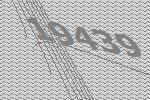
19439